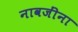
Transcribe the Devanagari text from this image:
नावजींना